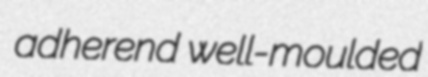
adherend well-moulded